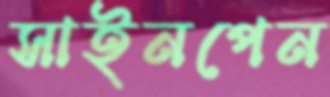
সাইনপেন